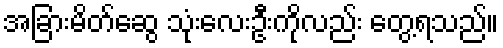
အခြားမိတ်ဆွေ သုံးလေးဦးကိုလည်း တွေ့ရသည်။